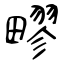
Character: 疁